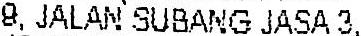
9, JALAN SUBANG JASA 3,